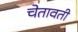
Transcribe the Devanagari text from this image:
चेतावती